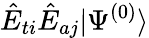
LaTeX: \hat{E}_{ti}\hat{E}_{aj}|\Psi^{(0)}\rangle